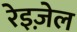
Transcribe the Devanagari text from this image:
रेइज़ेल